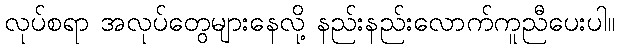
လုပ်စရာ အလုပ်တွေများနေလို့ နည်းနည်းလောက်ကူညီပေးပါ။